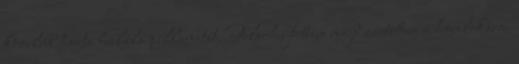
közelebb hozta halála pillanatát. Felsóhajtottam majd ráütöttem a homlokára.